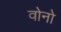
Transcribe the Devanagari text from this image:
वोनो